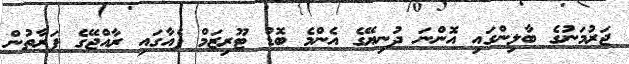
ޖަރުމަނުގެ ބާލިންގައި އޮންނަ ދުނިޔޭގެ އެންމެ ބޮޑު ޓޫރިޒަމް ފެއާގައި ރާއްޖޭގެ ފަރާތުން